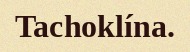
Tachoklína.